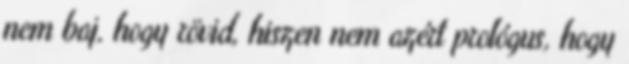
nem baj, hogy rövid, hiszen nem azért prológus, hogy